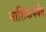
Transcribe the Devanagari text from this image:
नाशिकपर्यंत